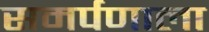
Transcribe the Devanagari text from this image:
समर्पणाला